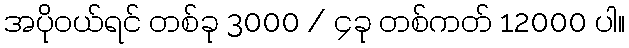
အပိုဝယ်ရင် တစ်ခု 3000 / ၄ခု တစ်ကတ် 12000 ပါ။